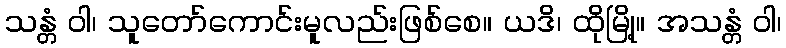
သန္တံ ဝါ၊ သူတော်ကောင်းမူလည်းဖြစ်စေ။ ယဒိ၊ ထိုမြို့။ အသန္တံ ဝါ၊